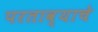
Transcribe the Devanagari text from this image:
परताव्याचे